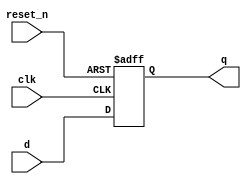
// 3bit Resettable D Flip-Flop with active low
// state
module _dff_r_3(clk, reset_n, d, q);
	input clk, reset_n;
	input[2:0] d;
	output reg[2:0] q;
	
	always@(posedge clk or negedge reset_n)
		begin
		if(reset_n==0) q <= 0;
		else q <= d;
		end
endmodule
	
// 7bit Resettable D Flip-Flop with active low
// count
module _dff_r_7(clk, reset_n, d, q);
	input clk, reset_n;
	input[6:0] d;
	output reg[6:0] q;
	
	always@(posedge clk or negedge reset_n)
		begin
		if(reset_n==0) q <= 0;
		else q <= d;
		end
endmodule